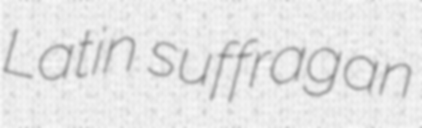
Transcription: Latin suffragan